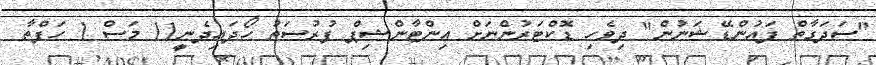
"ސަދަގާތް ފައުންޑޭޝަނުން" ދިވެހި ޑޮކްޓަރުންނަށް އިންޓާންޝިޕް ފުރުސަތު ހޯދައިދެނީ11 މަސް 1 ހަފްތާ